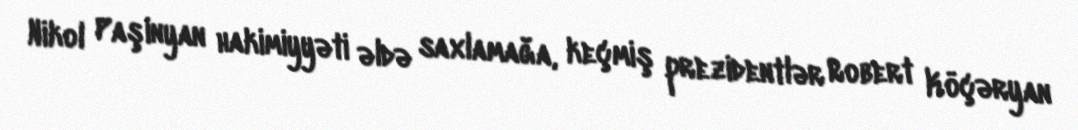
Nikol Paşinyan hakimiyyəti əldə saxlamağa, keçmiş prezidentlər Robert Köçəryan